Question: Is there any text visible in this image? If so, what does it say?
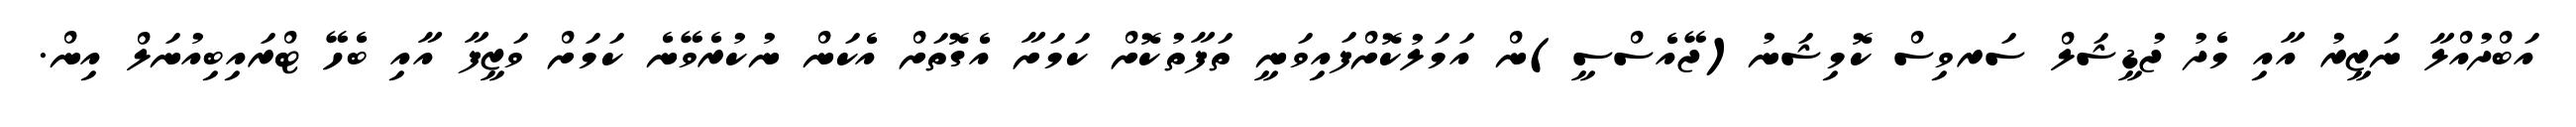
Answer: އަބްދުއްލާ ނަޒީރު އާއި މެދު ޖުޑީޝަލް ސަރވިސް ކޮމިޝަނު(ޖޭއެސްސީ)ން އަމަލުކޮށްފައިވަނީ ތަފާތުކޮށް ކަމަށާ އެގޮތަށް އެކަން ނުކުރެވޭނެ ކަމަށް ވަޒީފާ އާއި ބެހޭ ޓްރައިބިއުނަލް އިން.